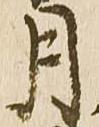
月